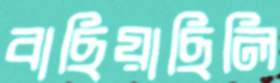
বাছিয়াছিলি